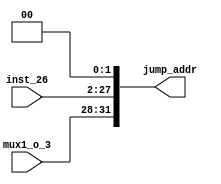
module JumpAddr(
   inst_26,
   mux1_o_3,
   jump_addr 
);

input    [25:0]   inst_26;
input    [3:0]    mux1_o_3;
output   [31:0]   jump_addr;

assign jump_addr = {mux1_o_3, inst_26, 1'b0, 1'b0};

endmodule